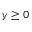
y \geq 0